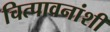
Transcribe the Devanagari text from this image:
चित्पावनांशी